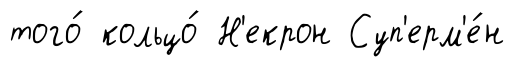
того́ кольцо́ Н'екрон Суп'ерм'е́н